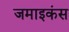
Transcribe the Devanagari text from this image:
जमाइकंस